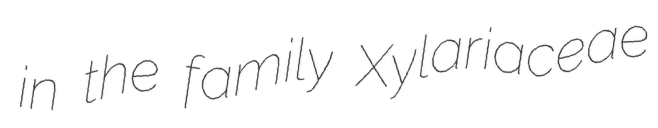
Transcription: in the family Xylariaceae